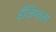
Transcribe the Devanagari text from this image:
ईजिप्तला